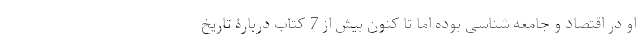
او در اقتصاد و جامعه شناسی بوده اما تا کنون بیش از 7 کتاب دربارۀ تاریخ